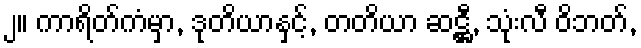
၂။ ကာရိတ်ကံမှာ, ဒုတိယာနှင့်, တတိယာ ဆဋ္ဌီ, သုံးလီ ဝိဘတ်,